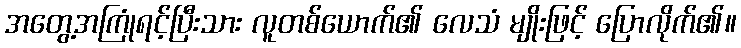
အတွေ့အကြုံရင့်ပြီးသား လူတစ်ယောက်၏ လေသံ မျိုးဖြင့် ပြောလိုက်၏။